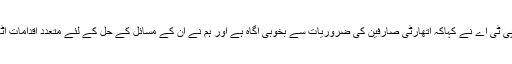
چیئرمین پی ٹی اے نے کہاکہ اتھارٹی صارفین کی ضروریات سے بخوبی آگاہ ہے اور ہم نے ان کے مسائل کے حل کے لئے متعدد اقدامات اٹھائے ہیں۔